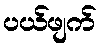
ပယ်ဖျက်